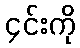
၄င်းကို